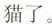
猫了。